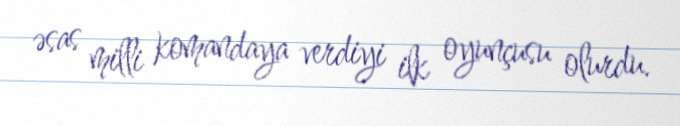
əsas milli komandaya verdiyi ilk oyunçusu olurdu.